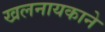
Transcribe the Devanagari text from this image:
खलनायकाने